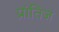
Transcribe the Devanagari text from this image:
प्रांतिज